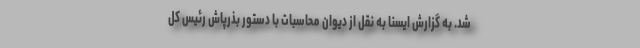
شد. به گزارش ایسنا به نقل از دیوان محاسبات با دستور بذرپاش رئیس کل